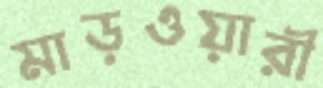
মাড়ওয়ারী